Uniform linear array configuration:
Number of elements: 12
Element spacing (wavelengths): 1
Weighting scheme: blackman
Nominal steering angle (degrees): -60
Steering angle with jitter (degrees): -59.563
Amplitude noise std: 0.05
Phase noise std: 0.05

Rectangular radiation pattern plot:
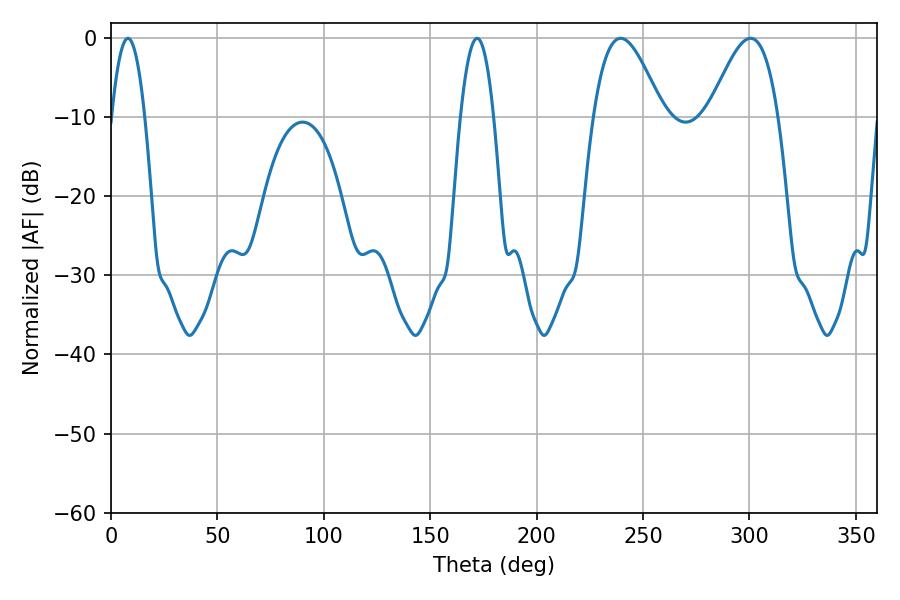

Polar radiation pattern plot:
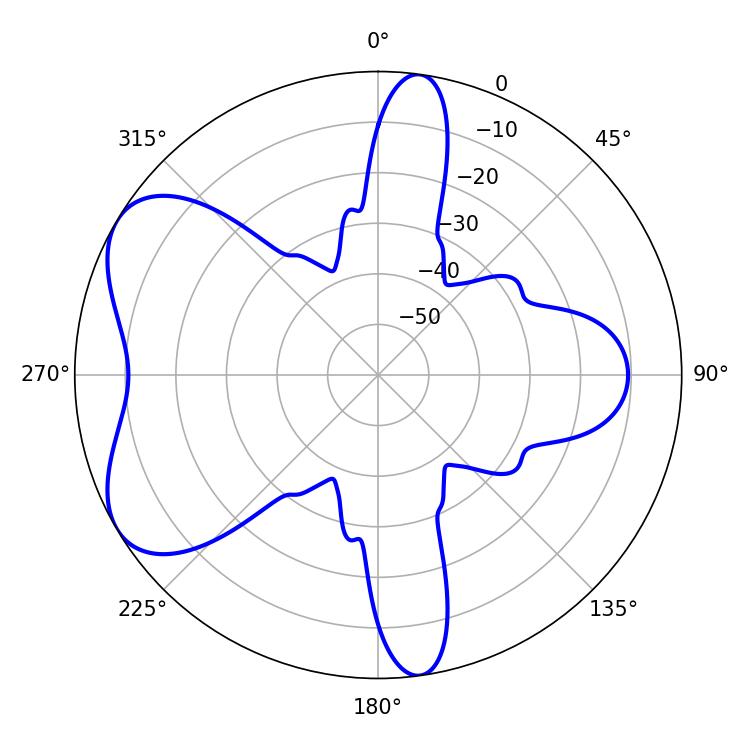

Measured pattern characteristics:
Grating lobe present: TRUE
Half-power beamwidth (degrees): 8.46
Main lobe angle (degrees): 7.92